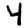
Digit: 4